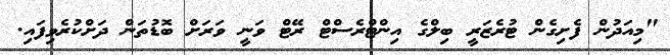
"މިއަދުން ފެށިގެން ޓުރެޒަރީ ބިލްގެ އިންޓްރެސްޓް ރޭޓް ވަނީ ވަރަށް ބޮޑުތަން ދަށްކުރެވިފައި.